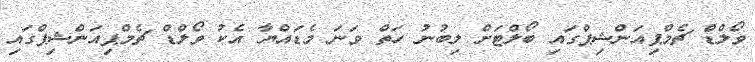
ވޯލްޑް ޗެމްޕިއަންޝިޕްގައި ބޯލްޓަށް ލިބުނު ހަތް ވަނަ މެޑައްޔާ އެކު ވޯލްޑް ޗެމްޕިއަންޝިޕްގައި